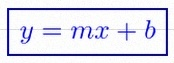
y=mx+b